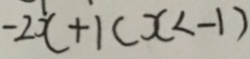
- 2 x + 1 ( x < - 1 )